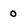
Character: 0